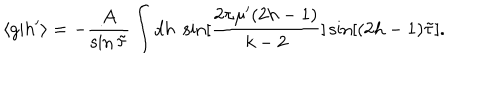
\langle g | h ^ { \prime } \rangle = - \frac { A } { \sin { \tilde { \tau } } } \int d h \; \sin [ \frac { 2 \pi \mu ^ { \prime } ( 2 h - 1 ) } { k - 2 } ] \sin [ ( 2 h - 1 ) { \tilde { \tau } } ] .